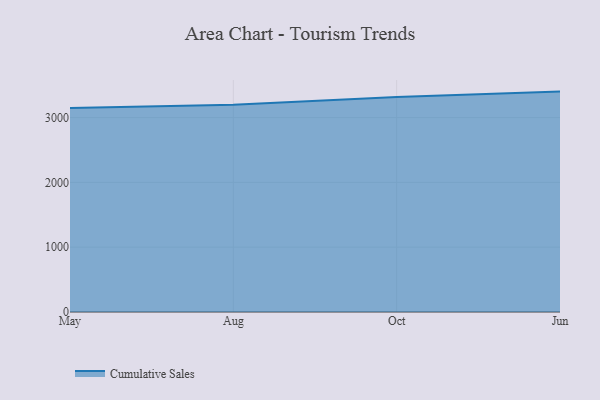
{"axis": {"x": "Month", "y": "Gross Profit (USD K)"}, "legend": ["Cumulative Sales"], "data": [{"x": "May", "y": 3149.6, "type": "Cumulative Sales"}, {"x": "Aug", "y": 3200.1, "type": "Cumulative Sales"}, {"x": "Oct", "y": 3317.3, "type": "Cumulative Sales"}, {"x": "Jun", "y": 3401.3, "type": "Cumulative Sales"}]}